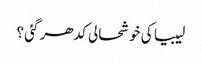
لیبیا کی خوشحالی کدھر گئی ؟